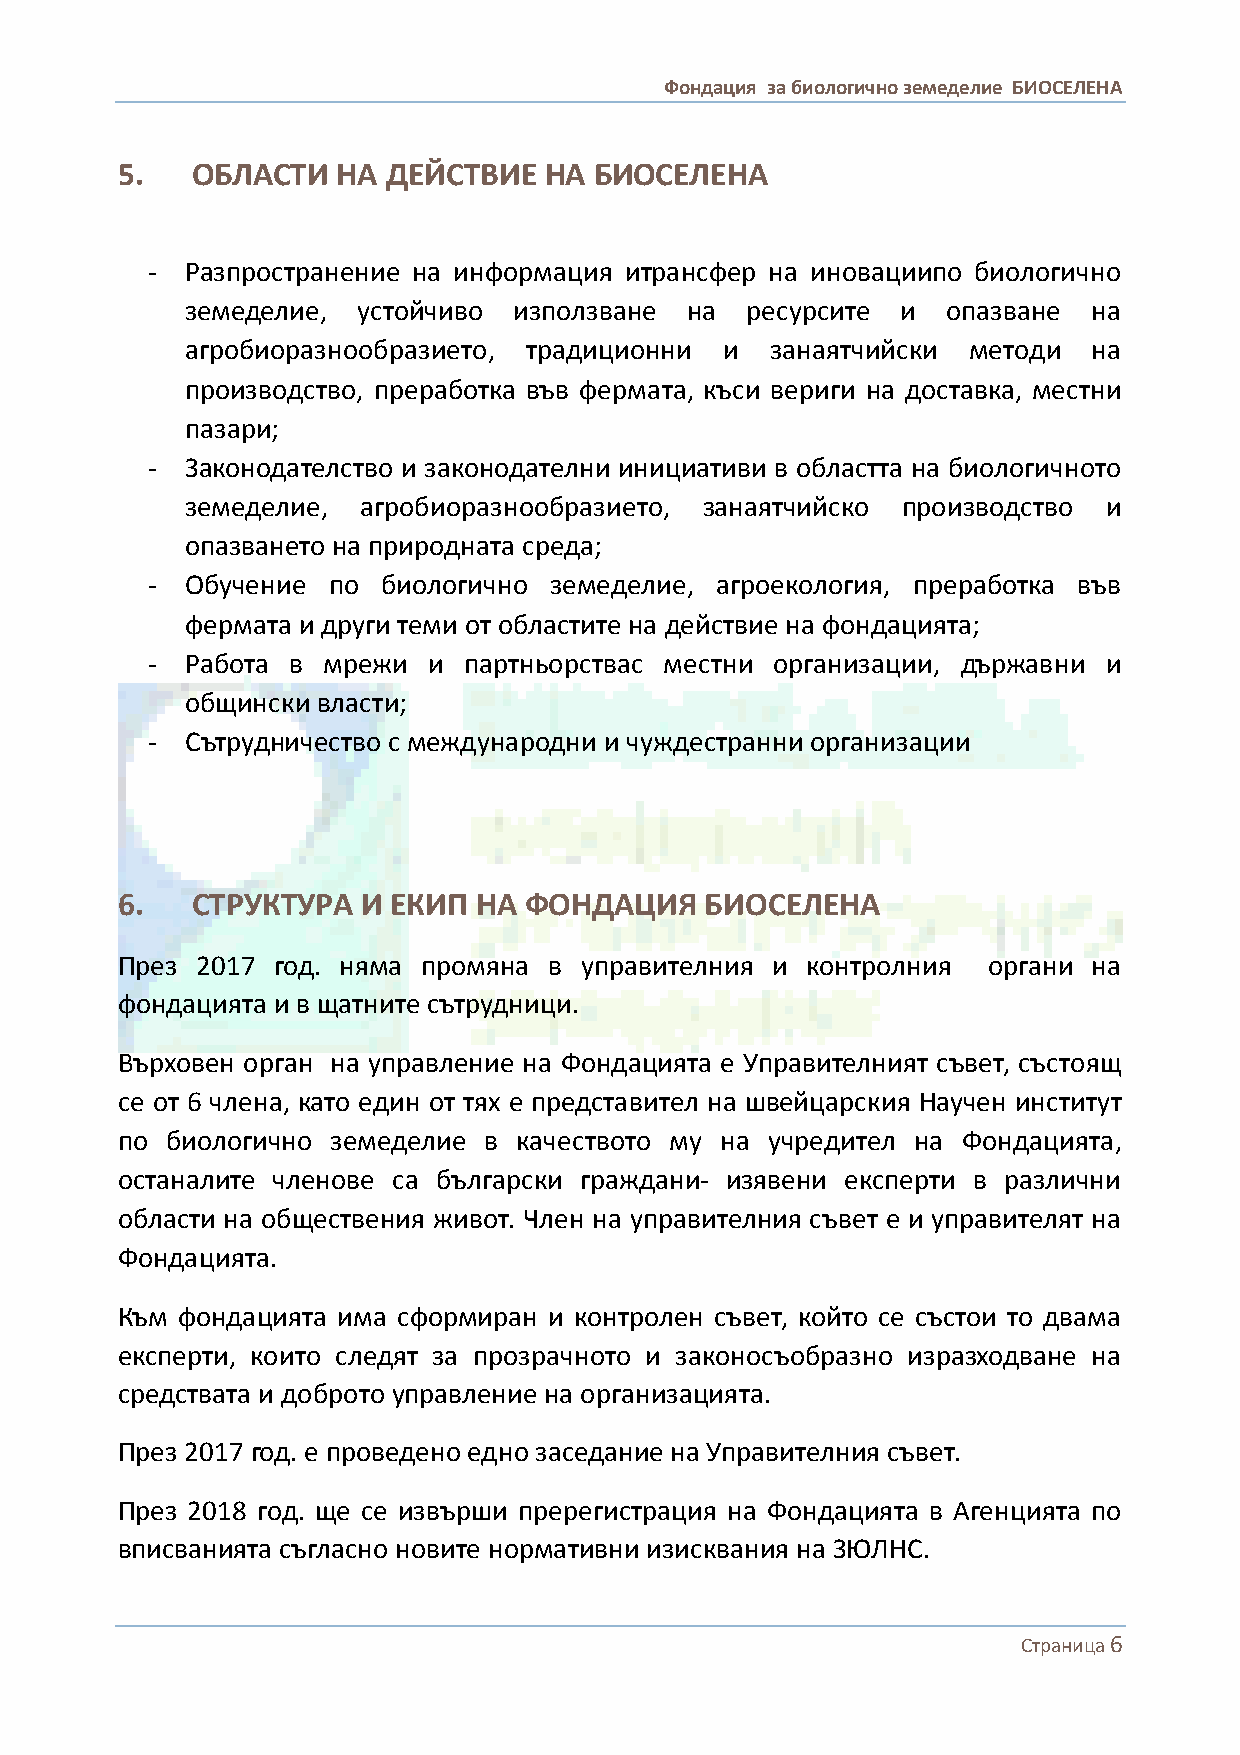
Фондация за биологично земеделие БИОСЕЛЕНА
 5.   ОБЛАСТИ  НА  ДЕЙСТВИЕ  НА БИОСЕЛЕНА
 - Разпространение на информация итрансфер на иновациипо биологично
 земеделие,  устойчиво използване  на ресурсите  и  опазване на
 агробиоразнообразието, традиционни  и  занаятчийски методи  на
 производство, преработка във фермата, къси вериги на доставка, местни
 пазари;
 - Законодателство и законодателни инициативи в областта на биологичното
 земеделие,  агробиоразнообразието, занаятчийско производство и
 опазването на природната среда;
 - Обучение  по биологично земеделие, агроекология, преработка във
 фермата и други теми от областите на действие на фондацията;
 - Работа в мрежи  и  партньорствас местни организации, държавни и
 общински власти;
 - Сътрудничество с международни и чуждестранни организации
 6.   СТРУКТУРА  И ЕКИП  НА ФОНДАЦИЯ    БИОСЕЛЕНА
 През 2017 год. няма промяна в управителния и контролния  органи на
 фондацията и в щатните сътрудници.
 Върховен орган на управление на Фондацията е Управителният съвет, състоящ
 се от 6 члена, като един от тях е представител на швейцарския Научен институт
 по биологично земеделие в качеството му на учредител на Фондацията,
 останалите членове са български граждани- изявени експерти в различни
 области на обществения живот. Член на управителния съвет е и управителят на
 Фондацията.
 Към фондацията има сформиран и контролен съвет, който се състои то двама
 експерти, които следят за прозрачното и законосъобразно изразходване на
 средствата и доброто управление на организацията.
 През 2017 год. е проведено едно заседание на Управителния съвет.
 През 2018 год. ще се извърши пререгистрация на Фондацията в Агенцията по
 вписванията съгласно новите нормативни изисквания на ЗЮЛНС.
 Страница 6